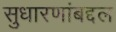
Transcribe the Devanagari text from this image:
सुधारणांबद्दल